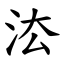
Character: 㳒